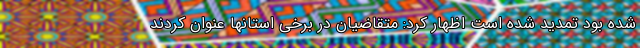
شده بود تمدید شده است اظهار کرد: متقاضیان در برخی استانها عنوان کردند